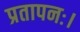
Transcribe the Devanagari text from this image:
प्रतापनः।